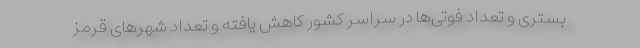
بستری و تعداد فوتی‌ها در سراسر کشور کاهش یافته و تعداد شهرهای قرمز